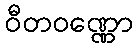
ဝီတဝဏ္ဏော